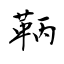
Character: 鞆